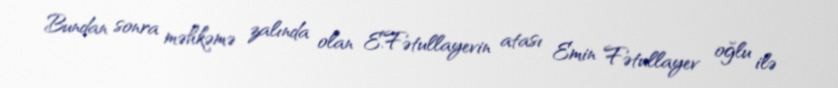
Bundan sonra məhkəmə zalında olan E.Fətullayevin atası Emin Fətullayev oğlu ilə